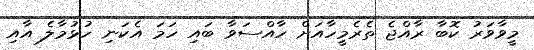
މީވާވަރު ކޮބާ ރާއްޖެ ތެރެމީހާއަށް ހާއްސަވާ ބައި ހަމަ އެކަނި ހުޅުމާލެ އާއި